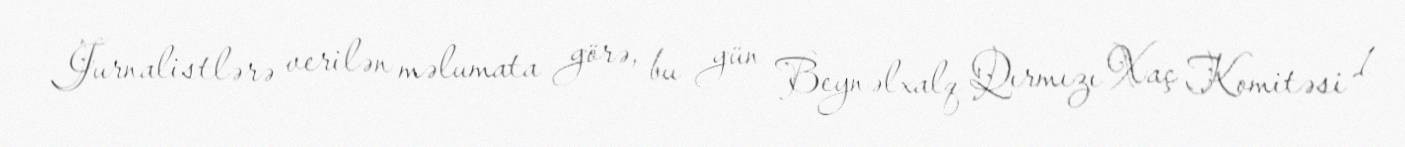
Jurnalistlərə verilən məlumata görə, bu gün Beynəlxalq Qırmızı Xaç Komitəsi 1